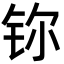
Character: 鿭